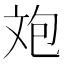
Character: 𣁈